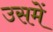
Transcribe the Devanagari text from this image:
उसमेें